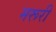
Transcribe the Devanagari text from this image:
मरूरी